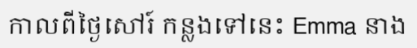
កាលពីថ្ងៃសៅរ៍ កន្លងទៅនេះ Emma នាង